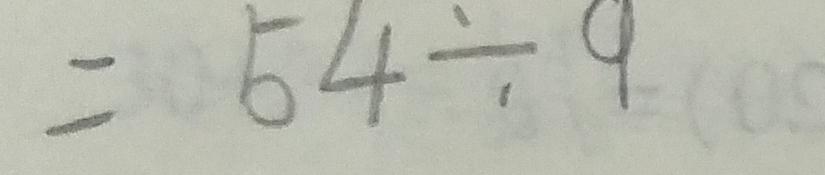
= 5 4 \div 9